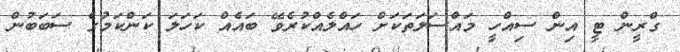
ގްރީން ޓީ އިން ސިއްހީ މައްސަލަތަކަށް ހައްލެއްކުރެވޭ ބައެއް ކަހަަލަ ކަންކަމުގެ ސަބަބުން